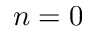
n = 0